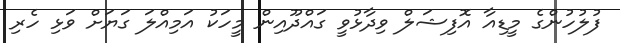
ފުލުހުންގެ މީޑިއާ އޮފިޝަލް ވިދާޅުވީ ގައްދޫއިން މީހަކު އަމިއްލަ ގަޔަށް ވަޅި ހެރި